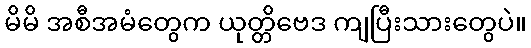
မိမိ အစီအမံတွေက ယုတ္တိဗေဒ ကျပြီးသားတွေပဲ။